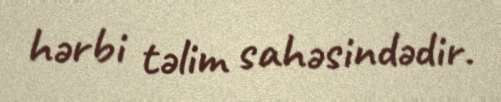
hərbi təlim sahəsindədir.